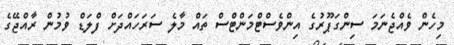
މިހެން ވެއްޖެނަމަ ސިންގަޕޫރުގެ އިންވެސްޓްމަންޓްސް ތައް މާލެ ސަރަަހައްދަށް ފްލަޑް ވުމުން ރާއްޖޭގެ